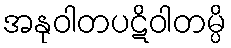
အနုဝါတပဋိဝါတမ္ပိ